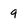
Character: 9